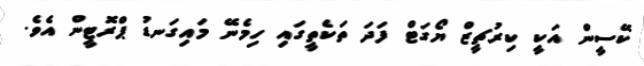
ކޭސީން އަކީ ކިރުޗީޒް ޔޯގަޓް ފަދަ ތަކެތީގައި ހިމެނޭ މައިގަނޑު ޕްރޮޓީން އެވެ.